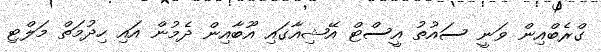
ގްރެބްއިން ވަނީ ސައުތު އީސްޓް އޭޝިއާގައި އޫބާއިން ދެމުން އައި ހިދުމަތް މަލްޓި